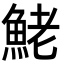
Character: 鮱